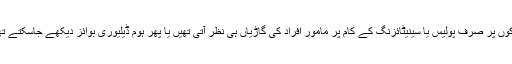
سڑکوں پر صرف پولیس یا سینیٹائزنگ کے کام پر مامور افراد کی گاڑیاں ہی نظر آتی تھیں یا پھر ہوم ڈیلیوری بوائز دیکھے جاسکتے تھے۔